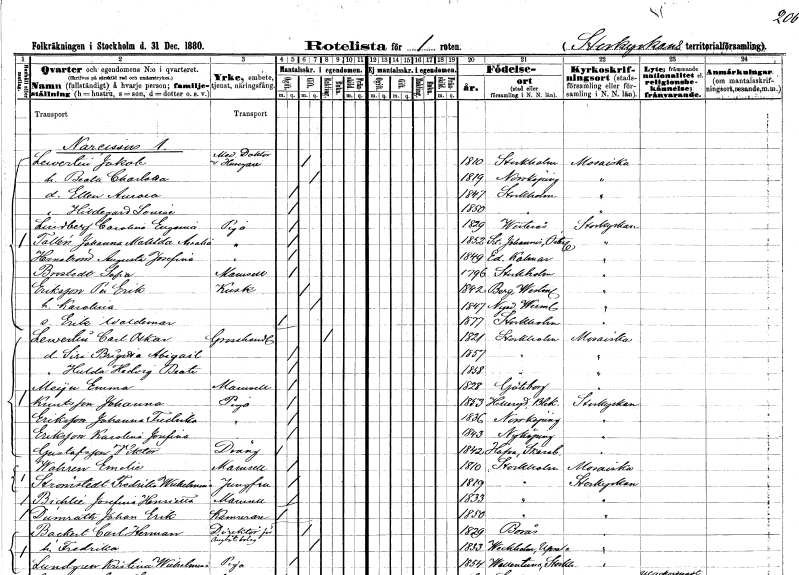
gt_parse: households: individuals: FN: Jakob
EN: Lewertin
YRKE: Medicine doktor Husägare
KON: M
CIV: G
FODAR: 1810
FODFORS: Stockholm
FN: Beata Charlotta
KON: K
CIV: G
FODAR: 1819
FODFORS: Norrköping Östergötlands län
FN: Ellen Aurora
KON: K
CIV: O
FODAR: 1847
FODFORS: Stockholm
FN: Hildegard Louise
KON: K
CIV: O
FODAR: 1850
FODFORS: Stockholm
FN: Carolina Eugenia
EN: Lindberg
YRKE: Piga
KON: K
CIV: O
FODAR: 1829
FODFORS: Västerås Västmanlands län
FN: Johanna Matilda Amalia
EN: Tallén
YRKE: Piga
KON: K
CIV: O
FODAR: 1852
FODFORS: Sankt Johannes Östergötlands län
FN: Augusta Josefina
EN: Hernström
YRKE: Piga
KON: K
CIV: O
FODAR: 1849
FODFORS: Ed Kalmar län
FN: Sofia
EN: Brostedt
KON: K
CIV: O
FODAR: 1796
FODFORS: Stockholm
FN: Per Erik
EN: Eriksson
YRKE: Kusk
KON: M
CIV: G
FODAR: 1842
FODFORS: Berg Västmanlands län
FN: Karolina
KON: K
CIV: G
FODAR: 1847
FODFORS: Nyed Värmlands län
FN: Erik Waldemar
KON: M
CIV: O
FODAR: 1877
FODFORS: Stockholm
FN: Carl Oskar
EN: Lewertin
YRKE: Grosshandlare
KON: M
CIV: E
FODAR: 1821
FODFORS: Stockholm
FN: Siri Brigitta Abigail
KON: K
CIV: O
FODAR: 1857
FODFORS: Stockholm
FN: Hulda Hedvig Beata
KON: K
CIV: O
FODAR: 1858
FODFORS: Stockholm
FN: Emma
EN: Meÿer
KON: K
CIV: O
FODAR: 1828
FODFORS: Göteborg Göteborgs- och Bohuslän
FN: Johanna
EN: Knutsson
YRKE: Piga
KON: K
CIV: O
FODAR: 1853
FODFORS: Hällaryd Blekinge län
FN: Johanna Fredrika
EN: Eriksson
YRKE: Piga
KON: K
CIV: O
FODAR: 1836
FODFORS: Norrköping Östergötlands län
FN: Karolina Josefina
EN: Eriksson
YRKE: Piga
KON: K
CIV: O
FODAR: 1843
FODFORS: Nyköping Södermanlands län
FN: Viktor
EN: Gustafsson
YRKE: Dräng
KON: M
CIV: O
FODAR: 1842
FODFORS: Hova Skaraborgs län
FN: Emelie
EN: Wahren
KON: K
CIV: O
FODAR: 1810
FODFORS: Stockholm
FN: Fredrika Wilhelmina
EN: Strömstedt
YRKE: Jungfru
KON: K
CIV: O
FODAR: 1819
FODFORS: Stockholm
FN: Josefina Henrietta
EN: Bichlie
KON: K
CIV: O
FODAR: 1833
FODFORS: Stockholm